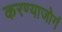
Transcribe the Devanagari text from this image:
करण्याजोगं